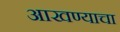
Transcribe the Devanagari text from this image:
आखण्याचा